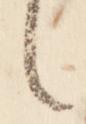
言